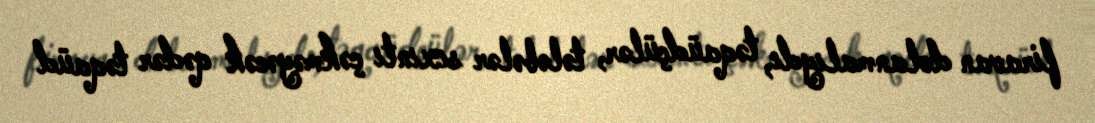
firavan dolanmalıydı, təqaüdçülər, tələbələr sıxıntı çəkməyəcək qədər təqaüd